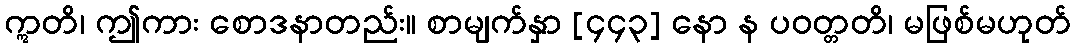
ဣတိ၊ ဤကား စောဒနာတည်း။ စာမျက်နှာ [၄၄၃] နော န ပဝတ္တတိ၊ မဖြစ်မဟုတ်